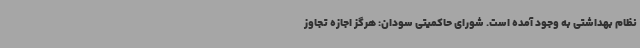
نظام بهداشتی به وجود آمده است. شورای حاکمیتی سودان: هرگز اجازه تجاوز